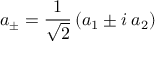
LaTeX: a _ { \pm } = { \frac { 1 } { \sqrt 2 } } \left( a _ { 1 } \pm i \: a _ { 2 } \right)